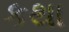
કથા